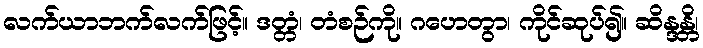
လက်ယာဘက်လက်ဖြင့်။ ဒတ္တံ၊ တံစဉ်ကို။ ဂဟေတွာ၊ ကိုင်ဆုပ်၍။ ဆိန္ဒန္တိ၊